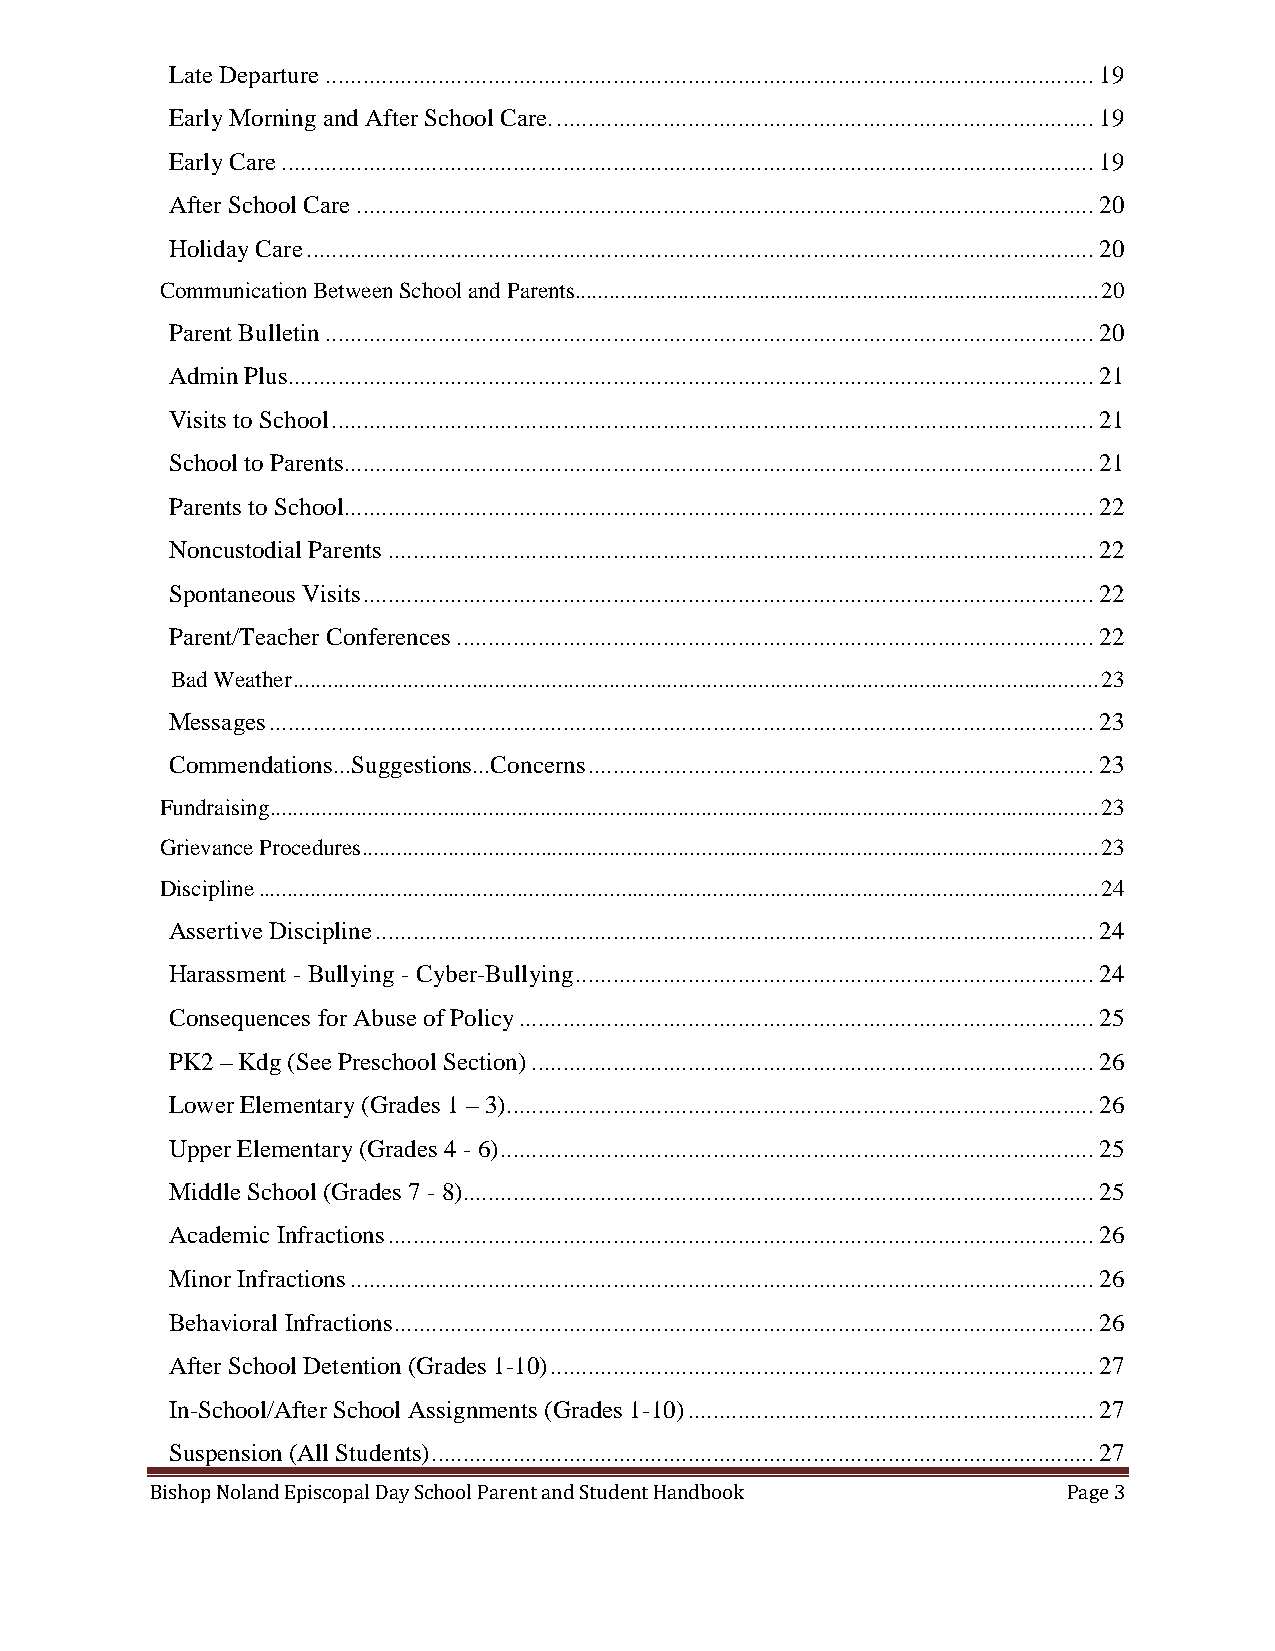
Late Departure ........................................................................................................................... 19
 Early Morning and After School Care. ...................................................................................... 19
 Early Care .................................................................................................................................. 19
 After School Care ...................................................................................................................... 20
 Holiday Care .............................................................................................................................. 20
 Communication Between School and Parents ........................................................................................... 20
 Parent Bulletin ........................................................................................................................... 20
 Admin Plus................................................................................................................................. 21
 Visits to School .......................................................................................................................... 21
 School to Parents........................................................................................................................ 21
 Parents to School........................................................................................................................ 22
 Noncustodial Parents ................................................................................................................. 22
 Spontaneous Visits ..................................................................................................................... 22
 Parent/Teacher Conferences ...................................................................................................... 22
 Bad Weather ............................................................................................................................................ 23
 Messages .................................................................................................................................... 23
 Commendations...Suggestions...Concerns ................................................................................. 23
 Fundraising ................................................................................................................................................ 23
 Grievance Procedures ................................................................................................................................ 23
 Discipline .................................................................................................................................................. 24
 Assertive Discipline ................................................................................................................... 24
 Harassment - Bullying - Cyber-Bullying ................................................................................... 24
 Consequences for Abuse of Policy ............................................................................................ 25
 PK2 – Kdg (See Preschool Section) .......................................................................................... 26
 Lower Elementary (Grades 1 – 3) .............................................................................................. 26
 Upper Elementary (Grades 4 - 6) ............................................................................................... 25
 Middle School (Grades 7 - 8)..................................................................................................... 25
 Academic Infractions ................................................................................................................. 26
 Minor Infractions ....................................................................................................................... 26
 Behavioral Infractions ................................................................................................................ 26
 After School Detention (Grades 1-10) ....................................................................................... 27
 In-School/After School Assignments (Grades 1-10) ................................................................. 27
 Suspension (All Students) .......................................................................................................... 27
 Bishop Noland Episcopal Day School Parent and Student Handbook Page 3